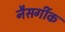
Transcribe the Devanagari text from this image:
नैसर्गीक